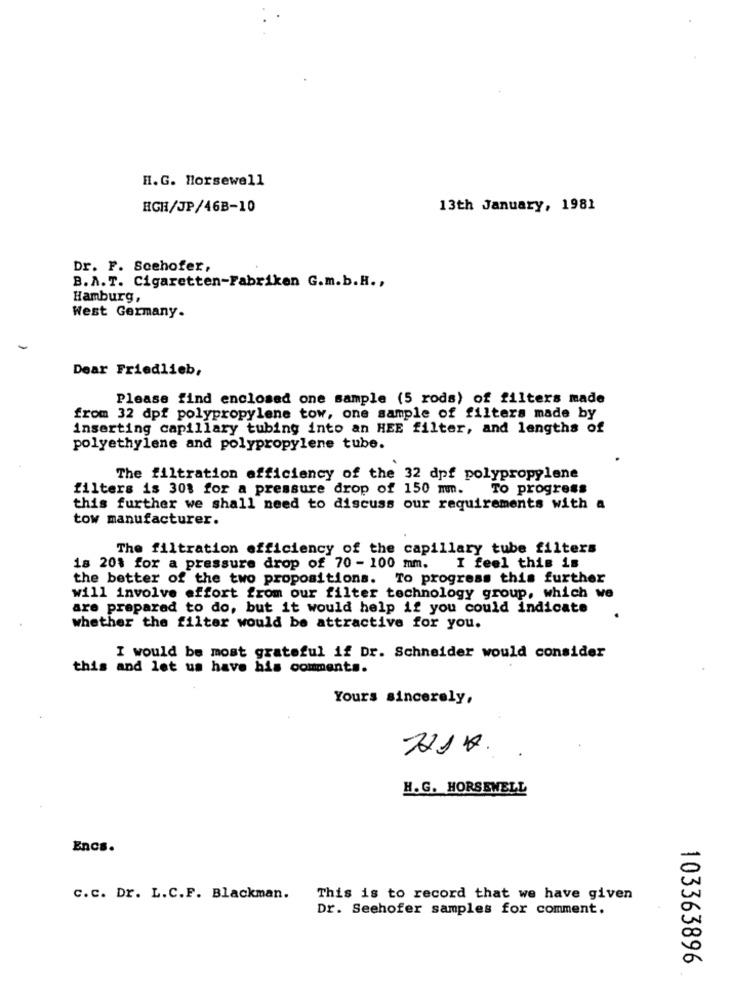
H.G. Horsewell
HGH/JP/46B-10
13th January, 1981
Dr. F. Seehofer,
B.A.T. Cigaretten-Fabriken G.m.b.H .,
Hamburg,
West Germany.
Dear Friedlieb,
Please find enclosed one sample (5 rods) of filters made
from 32 dpf polypropylene tow, one sample of filters made by
inserting capillary tubing into an HEE filter, and lengths of
polyethylene and polypropylene tube.
The filtration efficiency of the 32 dpf polypropylene
filters is 30% for a pressure drop of 150 mm.
To progress
this further we shall need to discuss our requirements with a
tow manufacturer.
The filtration efficiency of the capillary tube filters
18 20% for a pressure drop of 70- 100 mm.
I feel this is
the better of the two propositions. To progress this further
will involve effort from our filter technology group, which we
are prepared to do, but it would help if you could indicate
whether the filter would be attractive for you.
I would be most grateful if Dr. Schneider would consider
this and let us have his comments.
Yours sincerely,
721 H.
H.G. HORSEWELL
Encs.
C.c. Dr. L.C.F. Blackman.
This is to record that we have given
Dr. Seehofer samples for comment.
103363896